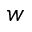
w